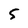
Character: 5